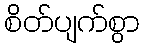
စိတ်ပျက်စွာ